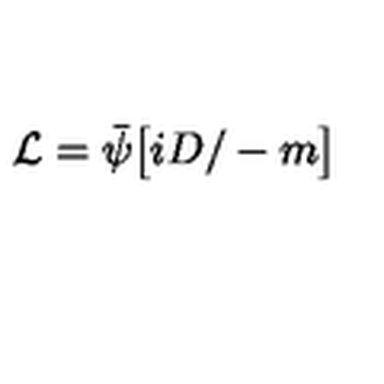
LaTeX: { \cal L } = { \bar { \psi } } \bigl [ { i D \slash } - m \bigr ]